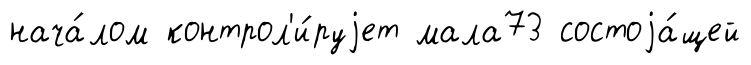
нача́лом контрол'и́руjет мала73 состоjа́щей